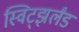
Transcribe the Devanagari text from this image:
स्विट्झर्लंड